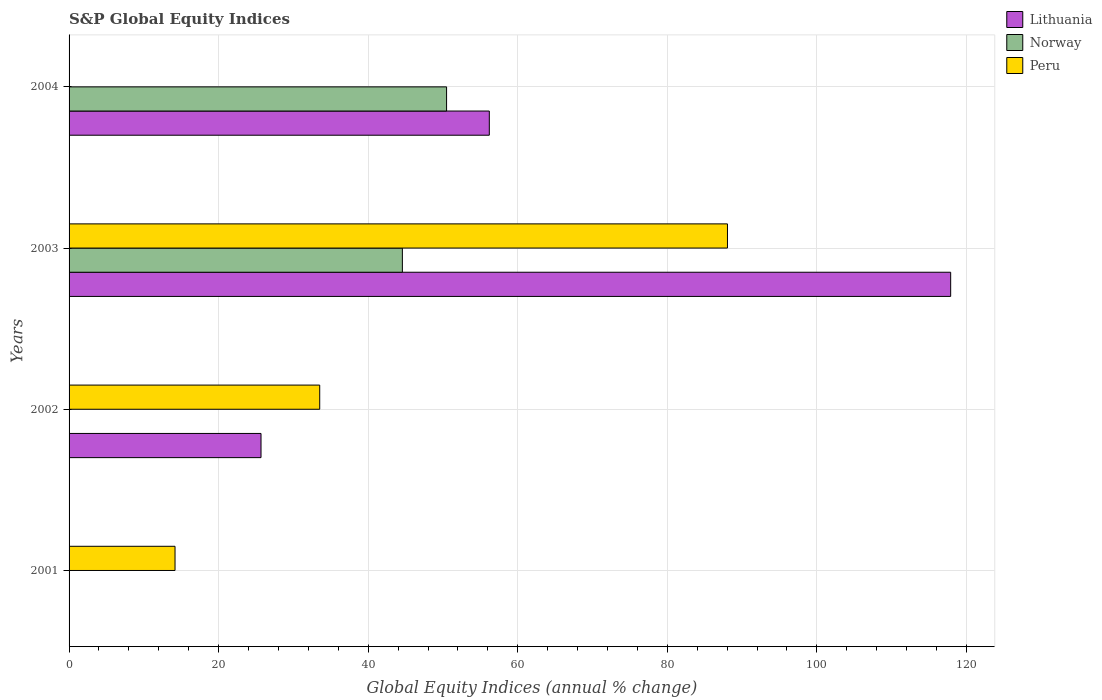
| Years | Lithuania | Norway | Peru |
 | --- | --- | --- | --- |
 | 2001 | -23.6 | -16.7 | 14.2 |
 | 2002 | 25.7 | -10.6 | 33.5 |
 | 2003 | 118 | 44.6 | 88.1 |
 | 2004 | 56.2 | 50.5 | -0.7 |